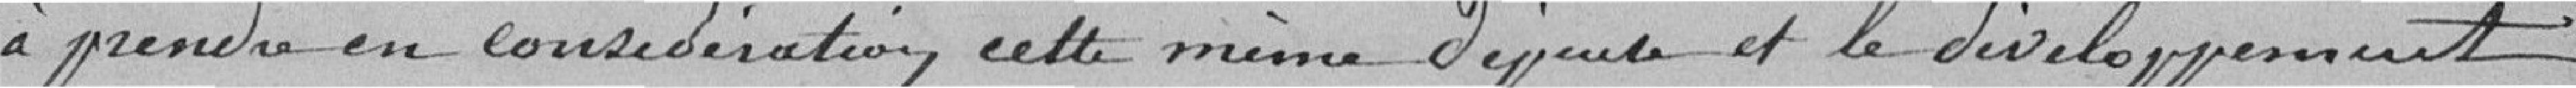
à prendre en considération cette même dépense et le développement